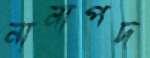
নানাপদ